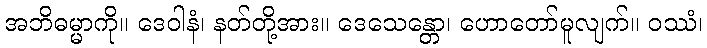
အဘိဓမ္မာကို။ ဒေဝါနံ၊ နတ်တို့အား။ ဒေသေန္တော၊ ဟောတော်မူလျက်။ ဝဿံ၊